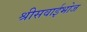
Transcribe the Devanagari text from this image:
श्रीसवाईभोज